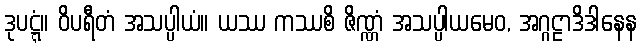
ဒုပဋ္ဋံ။ ဝိပရီတံ အသပ္ပါယံ။ ယဿ ကဿစိ ဇိဏ္ဏံ အသပ္ပါယမေဝ, အဂ္ဂဠာဒိဒါနေန